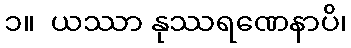
၁။  ယဿာ နုဿရဏေနာပိ၊